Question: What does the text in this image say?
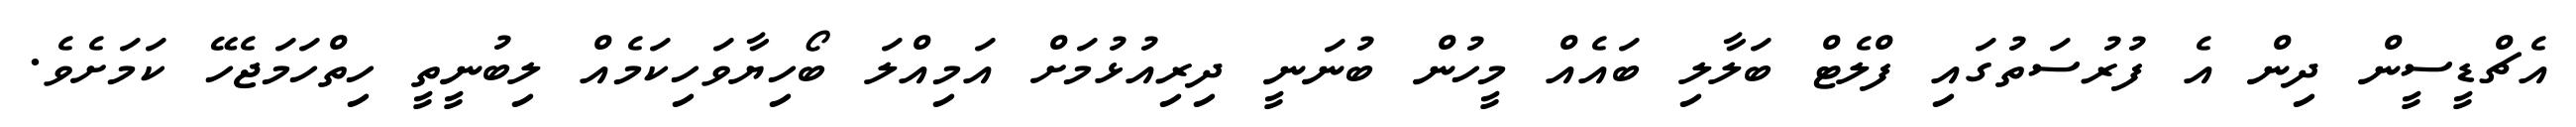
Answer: އެޗްޑީސީން ދިން އެ ފުރުސަތުގައި ފްލެޓް ބަލާލި ބައެއް މީހުން ބުނަނީ ދިރިއުޅުމަށް އަމިއްލަ ބޯހިޔާވަހިކަމެއް ލިބުނީތީ ހިތްހަމަޖެހޭ ކަމަށެވެ.